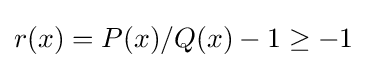
r(x)=P(x)/Q(x)-1\geq -1